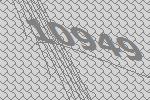
10949